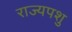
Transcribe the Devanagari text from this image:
राज्यपशु